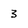
Character: 3